Vaccination in Bombay 1924-1928 - 1924-1928
Year: 1924
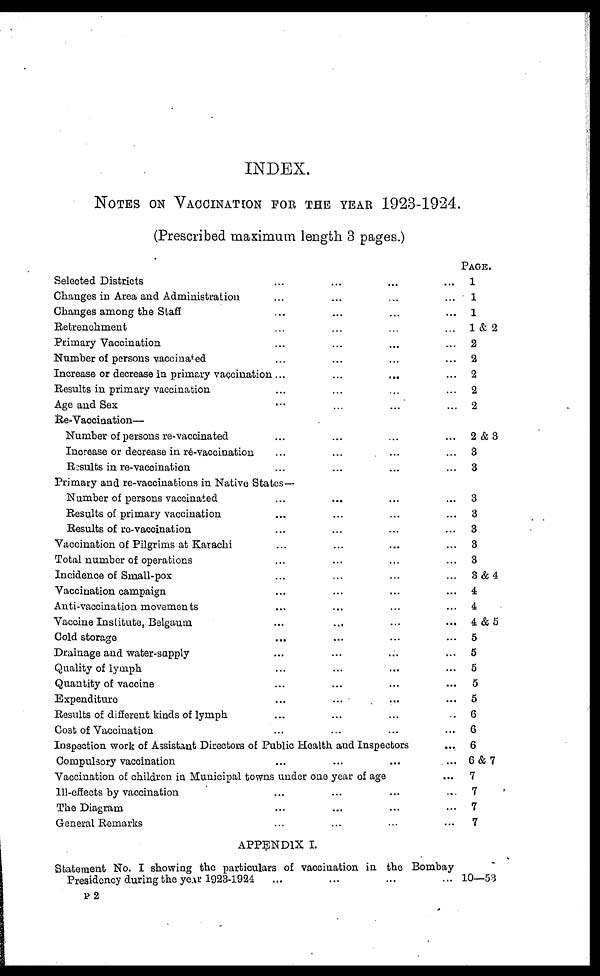
INDEX.
NOTES ON VACCINATION FOR THE YEAR 1923-1924.
(Prescribed maximum length 3 pages.)
PAGE.
Selected Districts ... ... ... ...
Changes in Area and Administration ... ... ... ...
Changes among the Staff ... ... ... ...
Retrenchment ... ... ... ...
Primary Vaccination ... ... ... ...
Number of persons vaccinated ... ... ... ...
Increase or decrease in primary vaccination ... ... ... ...
Results in primary vaccination ... ... ... ...
Age and Sex ... ... ... ...
1
1
1
1 & 2
2
2
2
2
2
Re-Vaccination—
Number of persons re-vaccinated ... ... ... ...
Increase or decrease in re-vaccination ... ... ... ...
Results in re-vaccination ... ... ... ...
2 & 3
3
3
Primary and re-vaccinations in Native States—
Number of persons vaccinated ... ... ... ...
Results of primary vaccination ... ... ... ...
Results of re-vaccination ... ... ... ...
Vaccination of Pilgrims at Karachi ... ... ... ...
Total number of operations ... ... ... ...
Incidence of Small-pox ... ... ... ...
Vaccination campaign ... ... ... ...
Anti-vaccination movements ... ... ... ...
Vaccine Institute, Belgaum ... ... ... ...
Cold storage ... ... ... ...
Drainage and water-supply ... ... ... ...
Quality of lymph ... ... ... ...
Quantity of vaccine ... ... ... ...
Expenditure ... ... ... ...
Results of different kinds of lymph ... ... ... ...
Cost of Vaccination ... ... ... ...
Inspection work of Assistant Directors of Public Health and Inspectors
...
Compulsory vaccination
...
...
...
...
Vaccination of children in Municipal towns under one year of age ...
Ill-effects by vaccination ... ... ... ...
The Diagram ... ... ... ...
General Remarks ... ... ... ...
3
3
3
3
3
3&4
4
4
4 & 5
5
5
5
5
5
6
6
6
6&7
7
7
7
7
APPENDIX I.
Statement No. I showing the particulars of vaccination in the Bombay
Presidency during the year 1923-1924 ... ... ... ...
10—53
P 2